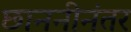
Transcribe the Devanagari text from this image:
छाननीनंतर